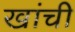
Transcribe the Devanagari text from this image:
खांची